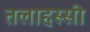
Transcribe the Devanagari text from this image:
तलाहस्सी